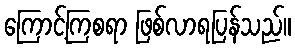
ကြောင့်ကြစရာ ဖြစ်လာရပြန်သည်။